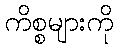
ကိစ္စများကို